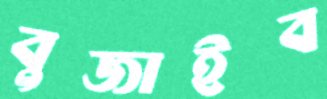
বুজাইব